Civil Veterinary Dept. Assam report 1927-50 - 1927-1950
Year: 1927
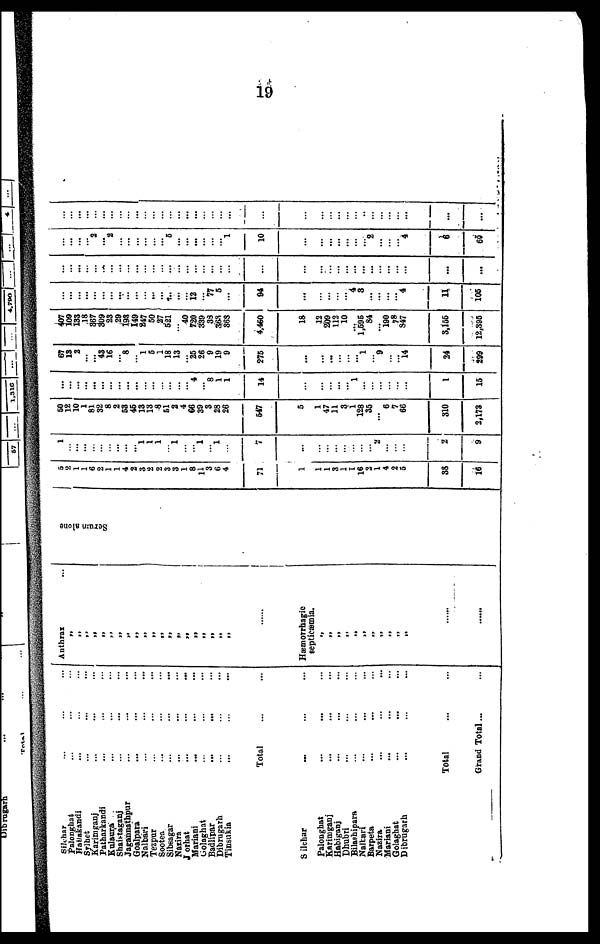
19
Silchar ... ... ...
Palonghat ... ... ...
Hailakandi ... ... ...
Sylhet ... ... ...
Karimganj ... ... ...
Patharkandi ... ... ...
Kulaura ... ... ...
Shaistaganj ... ... ...
Jagannathpur ... ... ...
Goalpara ... ... ...
Nalbari ... ... ...
Tezpur ... ... ...
Sootea ... ... ...
Sibsagar ... ... ...
Nazira ... ... ...
Jorhat
...
...
...
Mariani ... ... ...
Golaghat ... ... ...
Badlipar ... ... ...
Dibrugarh ... ... ...
Tinsukia ... ... ...
Total ... ...
Silchar ... ... ...
Palonghat ... ... ...
Karimganj ... ... ...
Habiganj ... ... ...
Dhubri ... ... ...
Bilashipara ... ... ...
Nalbari ... ... ...
Barpeta ... ... ...
Nazira ... ... ...
Mariani ... ... ...
Golaghat ... ... ...
Dibrugarh ... ... ...
Total ... ...
Grand Total... ...
Anthrax
„
„
„
„
„
„
„
„
„
„
„
„
„
„
„
„
„
Hæmorrhagic
septicæmia.
„
„
„
„
„
„ „
„
„ „
„
......
......
Serum alone
5
2
1
1
6
2
1
1
4
2
3
2
2
3
3
1
8
11
3
6
4
71
1
1
1
3
1
I
16
2
1
4
2
5
38
16
1
...
...
...
...
...
...
...
1
1
1
...
1
...
... 1
... 1
...
7
...
...
...
...
...
...
...
...
... 2
...
...
...
2
9
50
12
10
1
81
32
8
2
53
45
13
13
8
51
2 6
4
66
39
3
28
26
647
5
...
1
47
11
3
1
128
35
... 6
7
66
310
2,173
...
...
...
...
...
...
...
...
...
...
...
...
... 4
... 8
1
1
14
...
...
...
...
...
... 1
...
...
...
...
...
...
1
15
67
13
2
...
43
16
... 8
1
5
1
18
13
... 25
26
9
19
9
275
...
...
...
...
...
...
... 1
... 9
...
... 14
24
299
407
109
133
18
367
309
23
29
193
149
247
50
27
521
... 40
720
339
38
363
363
4,450
18
...
12
209
112
10
...
1,595
84
... 190
78
847
3,155
12,395
...
...
... ...
...
...
...
...
...
...
...
...
... 12
... 77
5
...
04
...
...
...
...
...
... 4
3
...
...
...
... 4
11
105
...
...
... ...
...
...
...
...
...
...
...
...
...
...
...
...
...
...
...
...
...
...
...
...
... ...
... ...
...
...
...
...
...
...
...
...
...
2
... 2
...
...
...
...
5
...
... ...
...
...
... 1
10
...
...
...
...
...
...
...
... 2
...
...
... 4
6
60
...
...
...
...
...
...
...
...
...
...
...
...
...
...
...
...
...
...
...
...
...
...
...
...
...
...
...
...
...
...
...
...
...
...